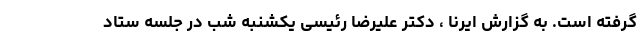
گرفته است. به گزارش ایرنا ، دکتر علیرضا رئیسی یکشنبه شب در جلسه ستاد